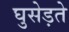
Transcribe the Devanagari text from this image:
घुसेड़ते